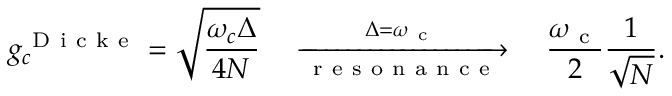
g _ { c } ^ { \mathrm { ~ D ~ i ~ c ~ k ~ e ~ } } = \sqrt { \frac { \omega _ { c } \Delta } { 4 N } } \quad \xrightarrow [ \mathrm { ~ r ~ e ~ s ~ o ~ n ~ a ~ n ~ c ~ e ~ } ] { \; \Delta = \omega _ { \mathrm { ~ c ~ } } \; } \quad \frac { \omega _ { \mathrm { ~ c ~ } } } { 2 } \frac { 1 } { \sqrt { N } } .